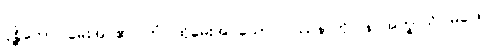
ပုစ္ဆိတော၊ မေးအပ်၏။ တံ၊ ထိုမေးအပ်သော ပြဿနာကို။ န အက္ခာသိ၊ မဖြေ။